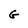
Character: G